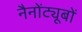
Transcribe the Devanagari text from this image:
नैनोंट्यूबों